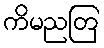
ကိမညတြ